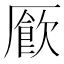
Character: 𫨜